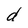
Character: d